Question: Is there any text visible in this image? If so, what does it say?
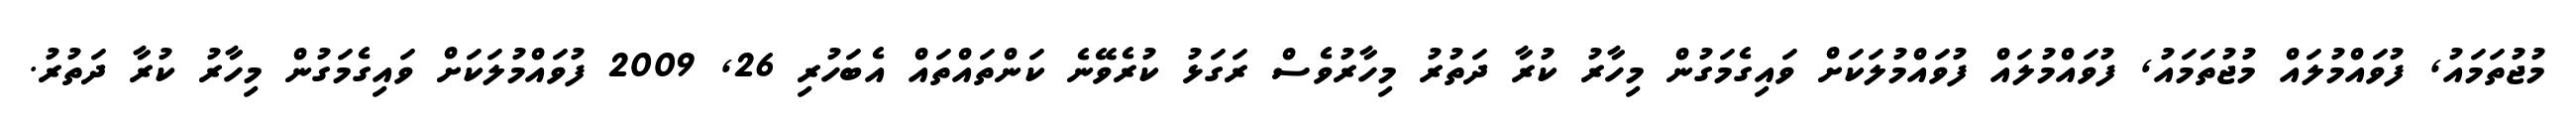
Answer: މުޖުތަމައު, ފުވައްމުލައް މުޖުތަމައު, ފުވައްމުލައް ފުވައްމުލަކަށް ވައިގެމަގުން މިހާރު ކުރާ ދަތުރު މިހާރުވެސް ރަގަޅު ކުރެވޭނެ ކަންތައްތައް އެބަހުރި 26, 2009 ފުވައްމުލަކަށް ވައިގެމަގުން މިހާރު ކުރާ ދަތުރު.